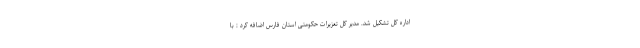
اداره کل تشکیل شد. مدیر کل تعزیرات حکومتی استان فارس اضافه کرد : با